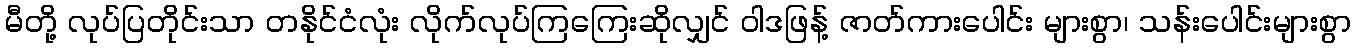
မီတို့ လုပ်ပြတိုင်းသာ တနိုင်ငံလုံး လိုက်လုပ်ကြကြေးဆိုလျှင် ဝါဒဖြန့် ဇာတ်ကားပေါင်း များစွာ၊ သန်းပေါင်းများစွာ